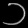
Digit: ၁